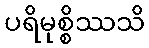
ပရိမုစ္စိဿသိ